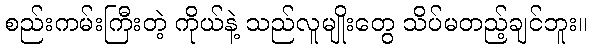
စည်းကမ်းကြီးတဲ့ ကိုယ်နဲ့ သည်လူမျိုးတွေ သိပ်မတည့်ချင်ဘူး။